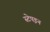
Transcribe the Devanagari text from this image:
स्टेपइन